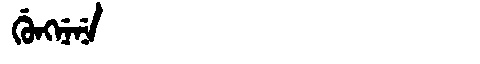
Manchu: ᡤᡠᠩᠨᡝᠨᡝ
Romanization: GUNGNENE